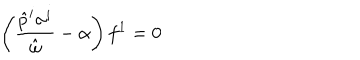
LaTeX: \left( \frac { \hat { p } ^ { i } \sigma ^ { i } } { \hat { \omega } } - \alpha \right) f ^ { 1 } = 0